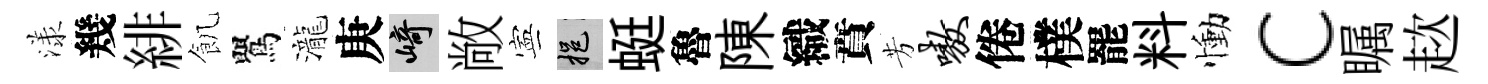
漾幾緋飢鸎瀧庚崎敞寕挹蜓魯陳織賁芳嗷倦樸罷料慟c瞩趑